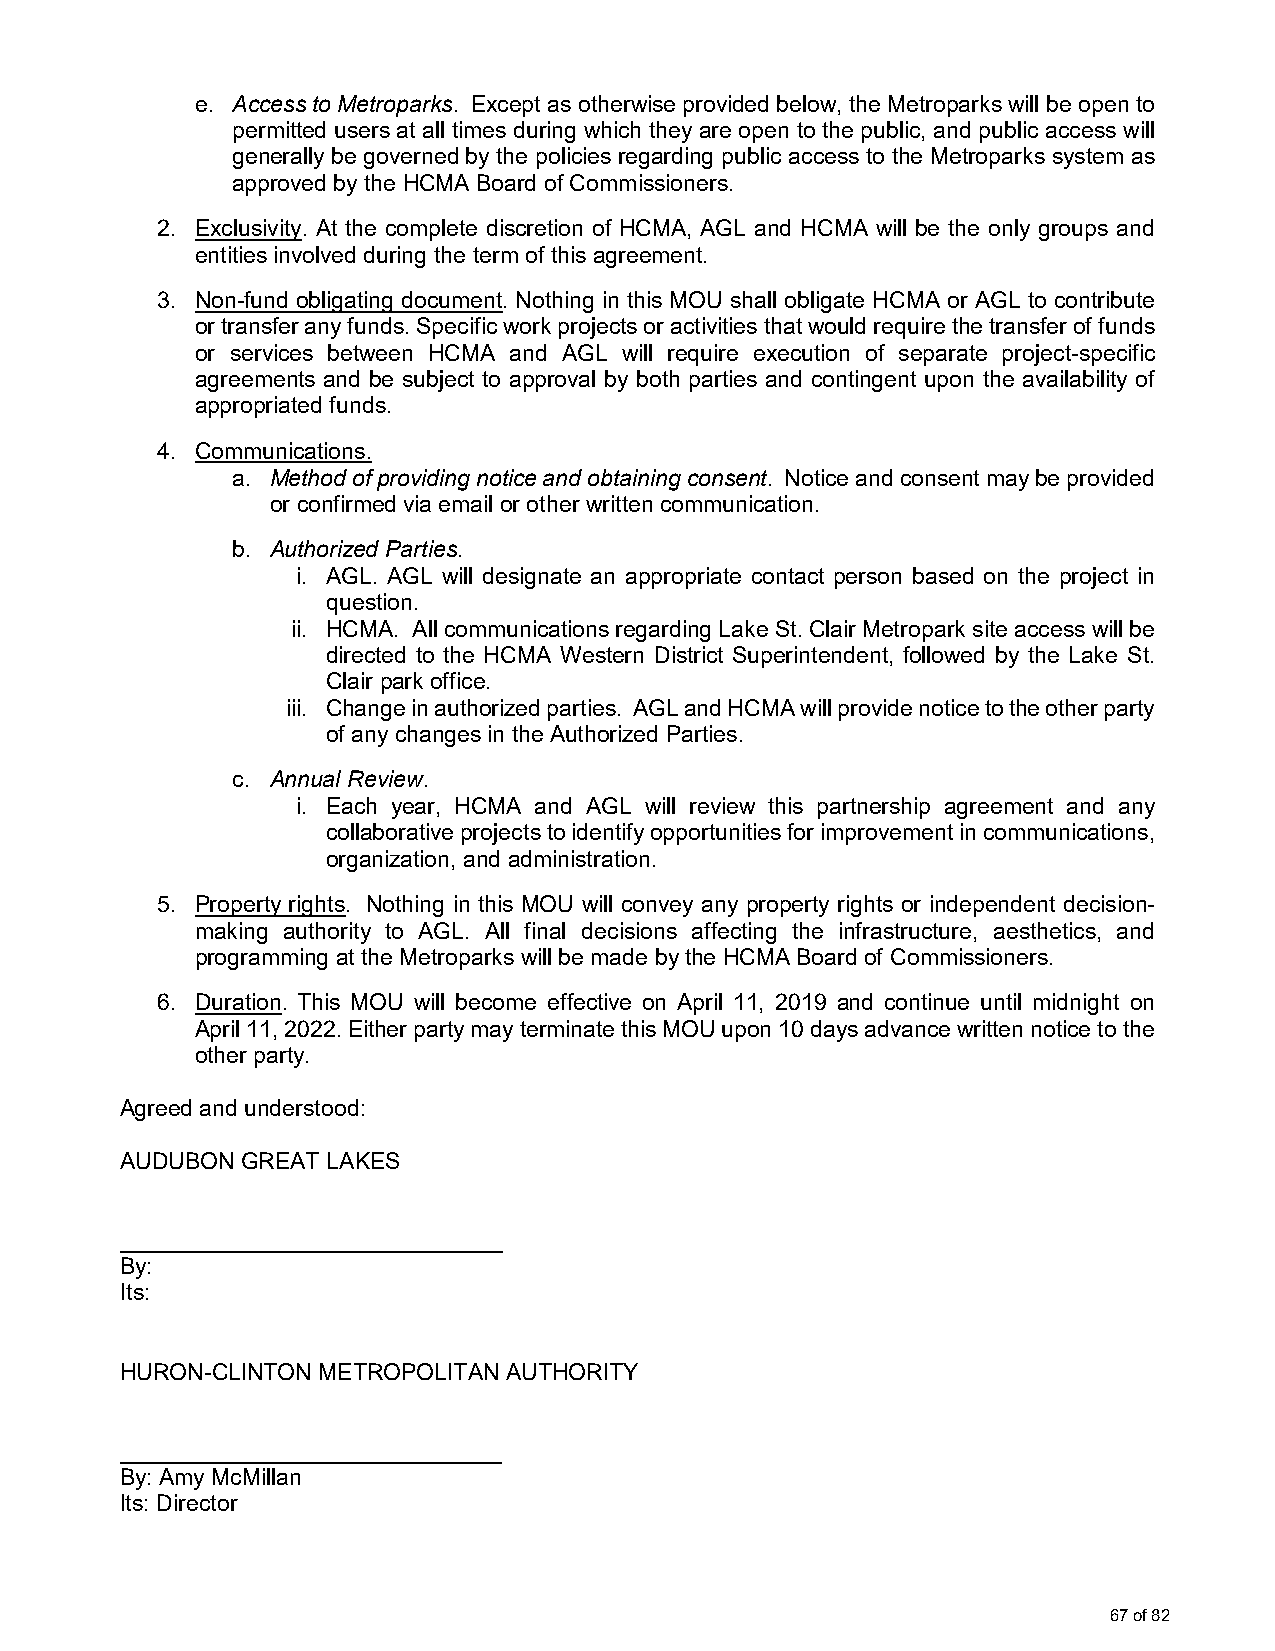
e. Access to Metroparks. Except as otherwise provided below, the Metroparks will be open to
 permitted users at all times during which they are open to the public, and public access will
 generally be governed by the policies regarding public access to the Metroparks system as
 approved by the HCMA Board of Commissioners.
 2. Exclusivity. At the complete discretion of HCMA, AGL and HCMA will be the only groups and
 entities involved during the term of this agreement.
 3. Non-fund obligating document. Nothing in this MOU shall obligate HCMA or AGL to contribute
 or transfer any funds. Specific work projects or activities that would require the transfer of funds
 or services between HCMA and AGL will require execution of separate project-specific
 agreements and be subject to approval by both parties and contingent upon the availability of
 appropriated funds.
 4. Communications.
 a. Method of providing notice and obtaining consent. Notice and consent may be provided
 or confirmed via email or other written communication.
 b. Authorized Parties.
 i. AGL. AGL will designate an appropriate contact person based on the project in
 question.
 ii. HCMA. All communications regarding Lake St. Clair Metropark site access will be
 directed to the HCMA Western District Superintendent, followed by the Lake St.
 Clair park office.
 iii. Change in authorized parties. AGL and HCMA will provide notice to the other party
 of any changes in the Authorized Parties.
 c. Annual Review.
 i. Each year, HCMA and AGL will review this partnership agreement and any
 collaborative projects to identify opportunities for improvement in communications,
 organization, and administration.
 5. Property rights. Nothing in this MOU will convey any property rights or independent decision-
 making authority to AGL. All final decisions affecting the infrastructure, aesthetics, and
 programming at the Metroparks will be made by the HCMA Board of Commissioners.
 6. Duration. This MOU will become effective on April 11, 2019 and continue until midnight on
 April 11, 2022. Either party may terminate this MOU upon 10 days advance written notice to the
 other party.
 Agreed and understood:
 AUDUBON GREAT LAKES
 ______________________________
 By:
 Its:
 HURON-CLINTON METROPOLITAN AUTHORITY
 ______________________________
 By: Amy McMillan
 Its: Director
 67 of 82